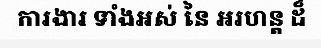
ការងារ ទាំងអស់ នៃ អរហន្ត ដ៏